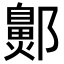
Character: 𬪞